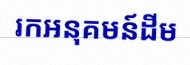
រកអនុគមន៍ដើម